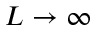
L \rightarrow \infty